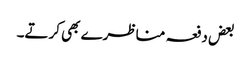
بعض دفعہ مناظرے بھی کرتے۔